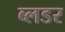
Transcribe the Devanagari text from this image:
ब्लडर